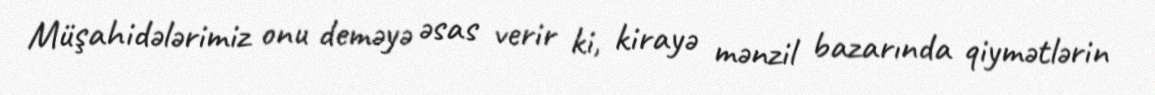
Müşahidələrimiz onu deməyə əsas verir ki, kirayə mənzil bazarında qiymətlərin